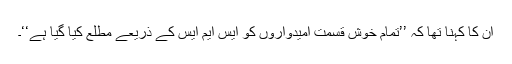
ان کا کہنا تھا کہ ’’تمام خوش قسمت امیدواروں کو ایس ایم ایس کے ذریعے مطلع کیا گیا ہے‘‘۔